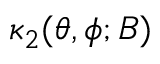
\kappa _ { 2 } ( \theta , \phi ; B )